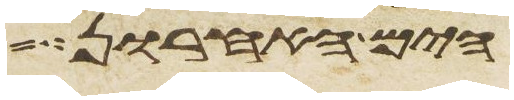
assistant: הים האחרון